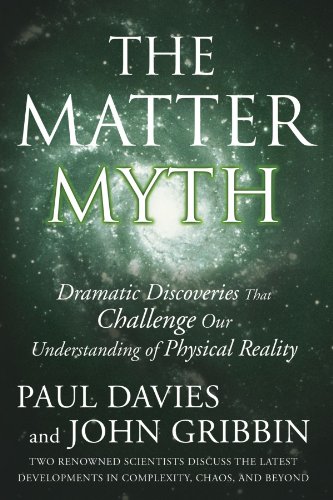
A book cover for The Matter Myth: Dramatic Discoveries that Challenge Our Understanding of Physical Reality; Paul Davies; Science & Math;